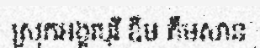
ស្រុកអង្គរបុរី ឌឹម គឹមសាន